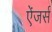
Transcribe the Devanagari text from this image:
ऐंजर्स